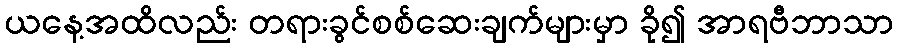
ယနေ့အထိလည်း တရားခွင်စစ်ဆေးချက်များမှာ ခို၍ အာရဗီဘာသာ